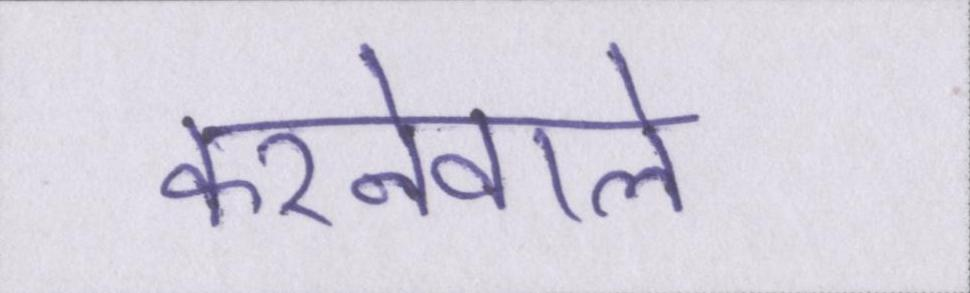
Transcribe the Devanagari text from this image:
करनेवाले